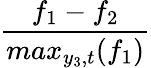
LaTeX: \frac{f_{1}-f_{2}}{max_{y_{3},t}(f_{1})}